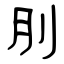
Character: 刖